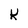
Character: K